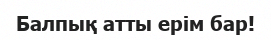
Балпық атты ерім бар!